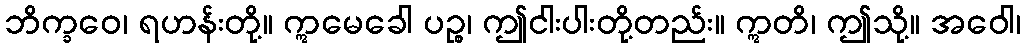
ဘိက္ခဝေ၊ ရဟန်းတို့။ ဣမေခေါ ပဉ္စ၊ ဤငါးပါးတို့တည်း။ ဣတိ၊ ဤသို့။ အဝေါ၊